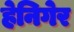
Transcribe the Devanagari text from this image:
हेनिगेर